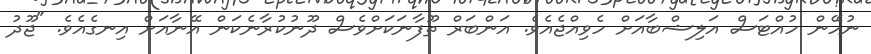
ނުހޭން ހުއްޓަސް އަލިޝްބާއަށް ހެވިއްޖެއެވެ. އަންބަރް ތޫފާނަކަށްވެސް ދޫނުކުރާނެކަން އޭނާއަށް އިނގެއެވެ. "ޖޫދު